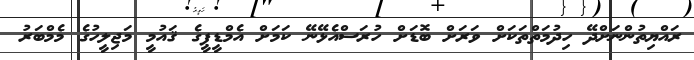
ރައްޔިތުންނަށްދޭ ހިދުމަތްތަކަށް ވަރަށް ބޮޑަށް ހުރަސްއެޅޭނޭ ކަމަށް އެމްޑީޕީގެ ޤައުމީ މަޖިލީހުގެ މެމްބަރު